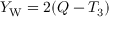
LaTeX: Y _ { \mathrm { W } } = 2 ( Q - T _ { 3 } )